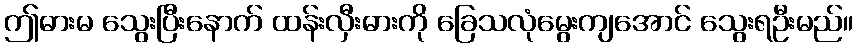
ဤဓားမ သွေးပြီးနောက် ထန်းလှီးဓားကို ခြေသလုံမွေးကျအောင် သွေးရဦးမည်။